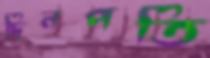
দিনপতি